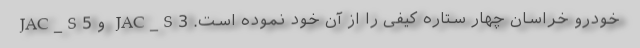
خودرو خراسان چهار ستاره کیفی را از آن خود نموده است. JAC_S3 و JAC_S5